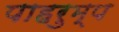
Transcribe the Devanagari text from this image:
पाहरुम्प